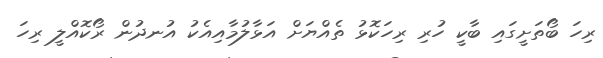
ރިހަ ބޯތަށީގައި ބާކީ ހުރި ރިހަކޮޅު ތެއްޔަށް އަޅާލުމާއިއެކު އުނދުން ރޯކޮއްލީ ރިހަ